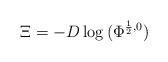
LaTeX: \begin{align*}\Xi = -D\log{(\Phi^{\frac{1}{2},0})}\end{align*}